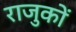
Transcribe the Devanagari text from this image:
राजुकों